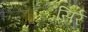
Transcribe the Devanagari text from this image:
सिर्र